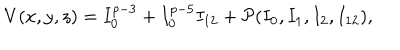
V ( x , y , z ) = I _ { 0 } ^ { p - 3 } + I _ { 0 } ^ { p - 5 } I _ { 1 2 } + { \cal P } ( I _ { 0 } , I _ { 1 } , I _ { 2 } , I _ { 1 2 } ) ,